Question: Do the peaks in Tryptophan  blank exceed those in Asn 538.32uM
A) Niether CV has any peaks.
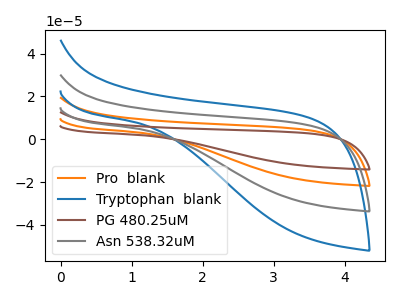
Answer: <think>The orange curve "Pro  blank" has no peaks. The blue curve "Tryptophan  blank" has no peaks. The brown curve "PG 480.25uM" has no peaks. The gray curve "Asn 538.32uM" has no peaks.</think>
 <answer>A) Niether CV has any peaks.</answer>
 <eval>A</eval>